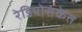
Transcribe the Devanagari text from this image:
रेडियोसंकेत